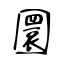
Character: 圜